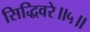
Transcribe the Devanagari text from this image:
सिद्धिवरे॥५॥